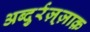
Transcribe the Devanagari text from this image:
अब्दुर्रज़्ज़ाक़